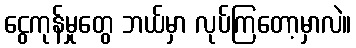
ငွေကုန်မှုတွေ ဘယ်မှာ လုပ်ကြတော့မှာလဲ။